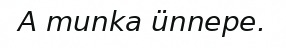
A munka ünnepe.